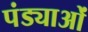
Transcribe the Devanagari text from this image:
पंड्याओं